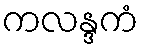
ကလန္ဒကံ